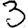
Digit: 3